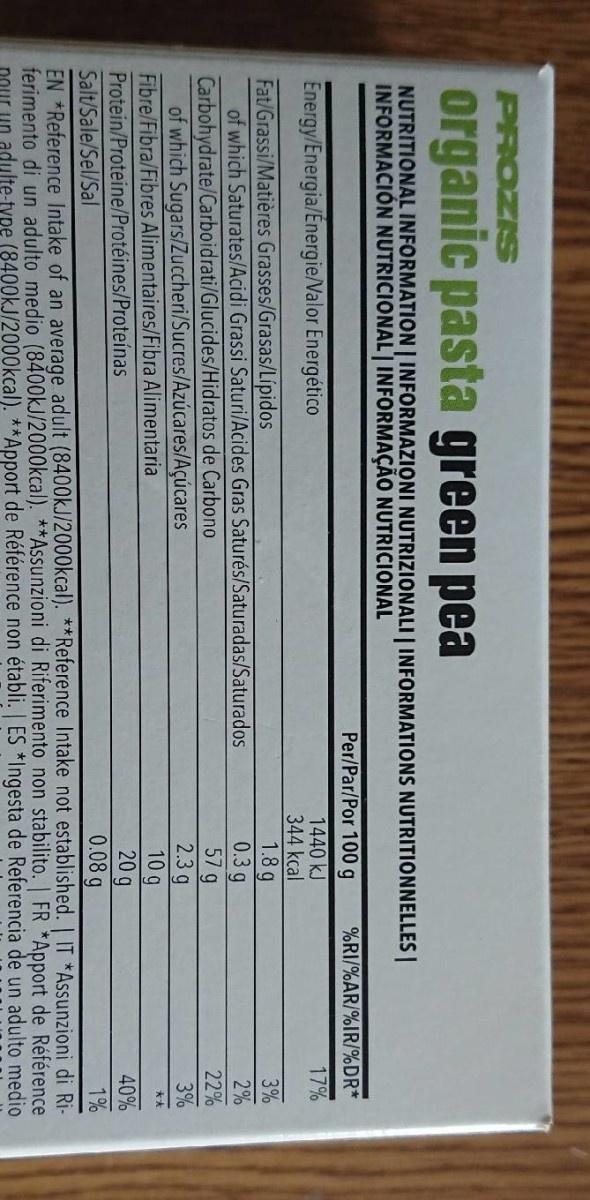
PROZIS
organic pasta green pea
NUTRITIONAL INFORMATION | INFORMAZIONI NUTRIZIONALI | INFORMATIONS NUTRITIONNELLES|| INFORMACIÓN NUTRICIONAL' INFORMAÇÃO NUTRICIONAL
%RI/%AR/%IR/%DR*
Per/Par/Por 100 g 1440 kJ 344 kcal 1.8 g 0.3g 57 g 2.3 g 10 g 20 g 0.08 g
17%
Energy/Energia/Energie/Valor Energético
3%
Fat/Grassi/Matières Grasses/Grasas/Lípidos of which Saturates/Acidi Grassi Saturi/Acides Gras Saturés/Saturadas/Saturados
2%
22%
Carbohydrate/Carboidrati/Glucides/Hidratos de Carbono of which Sugars/Zuccheri/Sucres/Azúcares/Açúcares Fibre/Fibra/Fibres Alimentaires/Fibra Alimentaria Protein/Proteine/Protéines/Proteínas Salt/Sale/Sel/Sal
3%
大大
40%
1%
EN *Reference Intake of an average adult (8400kJ/2000kcal). **Reference Intake not established. | IT *Assunzioni di Ri- ferimento di un adulto medio (8400KJ/2000kcal). **Assunzioni di Riferimento non stabilito. | FR *Apport de Référence our un adulte-type (8400kJ/2000kcal). **Apport de Référence non établi. ES *Ingesta de Referencia de un adulto medio